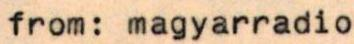
from: magyarradio